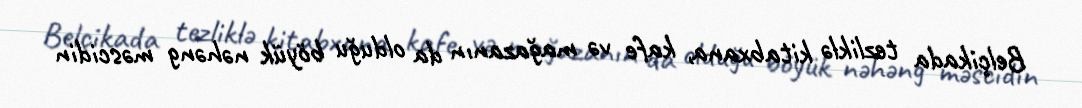
Belçikada tezliklə kitabxana, kafe və mağazanın da olduğu böyük nəhəng məscidin